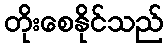
တိုးစေနိုင်သည်